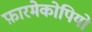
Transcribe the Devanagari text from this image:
फ़ारमेकोपियो